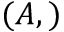
( A , )